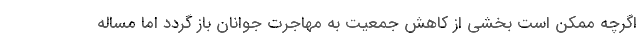
اگرچه ممکن است بخشی از کاهش جمعیت به مهاجرت جوانان باز گردد اما مساله